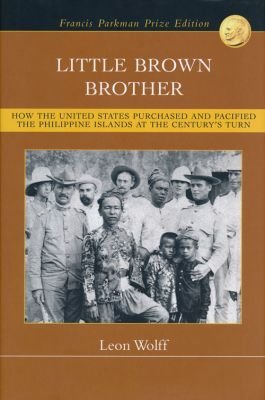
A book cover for Little Brown Brother: How the United States Purchased and Pacified the Philippine Islands at the Century's Turn; Leon Wolff; History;